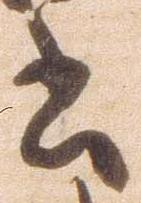
書